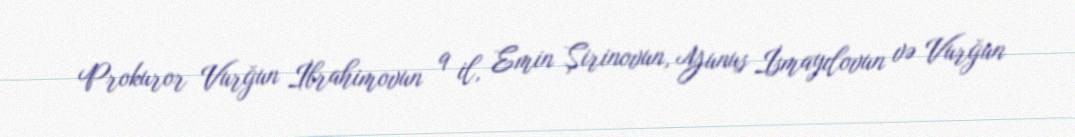
Prokuror Vurğun İbrahimovun 9 il, Emin Şirinovun, Yunus İsmayılovun və Vurğun